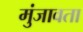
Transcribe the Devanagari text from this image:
मुंजावता